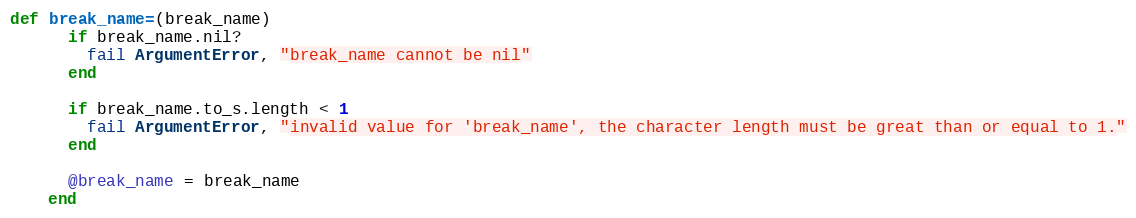
Language: Ruby
def break_name=(break_name)
      if break_name.nil?
        fail ArgumentError, "break_name cannot be nil"
      end

      if break_name.to_s.length < 1
        fail ArgumentError, "invalid value for 'break_name', the character length must be great than or equal to 1."
      end

      @break_name = break_name
    end